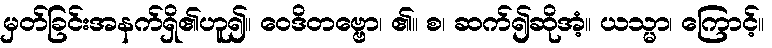
မှတ်ခြင်းအနက်ရှိ၏ဟူ၍။ ဝေဒိတဗ္ဗော၊ ၏။ စ၊ ဆက်၍ဆိုအံ့။ ယသ္မာ၊ ကြောင့်။